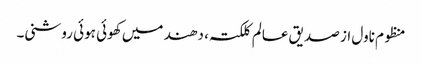
منظوم ناول از صدیق عالم کلکتہ ، دھند میں کھوئی ہوئی روشنی۔